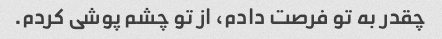
چقدر به تو فرصت دادم، از تو چشم پوشی کردم.